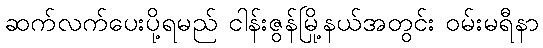
ဆက်လက်ပေးပို့ရမည် ငါန်းဇွန်မြို့နယ်အတွင်း ဝမ်းမရီနာ